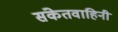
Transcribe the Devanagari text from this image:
संकेतवाहिनी